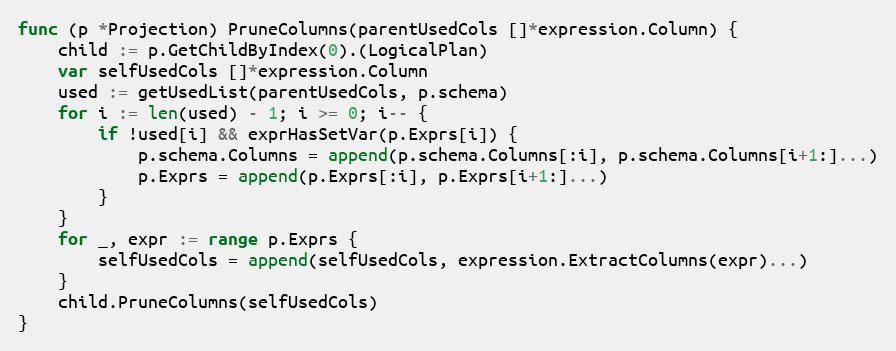
Language: Go
func (p *Projection) PruneColumns(parentUsedCols []*expression.Column) {
	child := p.GetChildByIndex(0).(LogicalPlan)
	var selfUsedCols []*expression.Column
	used := getUsedList(parentUsedCols, p.schema)
	for i := len(used) - 1; i >= 0; i-- {
		if !used[i] && exprHasSetVar(p.Exprs[i]) {
			p.schema.Columns = append(p.schema.Columns[:i], p.schema.Columns[i+1:]...)
			p.Exprs = append(p.Exprs[:i], p.Exprs[i+1:]...)
		}
	}
	for _, expr := range p.Exprs {
		selfUsedCols = append(selfUsedCols, expression.ExtractColumns(expr)...)
	}
	child.PruneColumns(selfUsedCols)
}